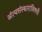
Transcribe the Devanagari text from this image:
अंत्यसंस्कारांविषयी